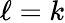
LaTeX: \ell=k